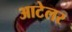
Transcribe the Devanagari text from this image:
आटेलर